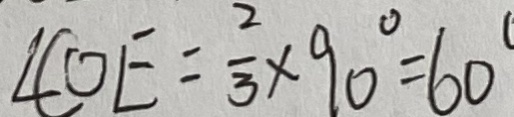
\angle C O E = \frac { 2 } { 3 } \times 9 0 ^ { \circ } = 6 0 ^ { \circ }